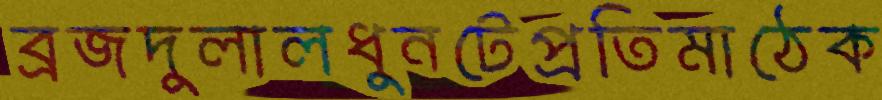
ব্রজদুলালধুনটেপ্রতিমাঠেক